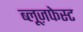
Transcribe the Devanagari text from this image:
ब्लूज़फेस्ट